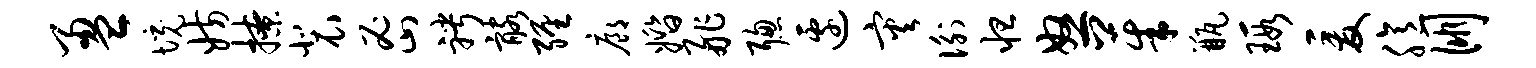
盈境妨撩裴密聘髂缠廊婚舴聪边灾衡怛怒茱瓶瑕爰臆朋